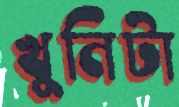
খুনিটা